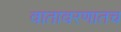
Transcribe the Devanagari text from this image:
वातावरणातच